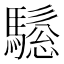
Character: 𱄰